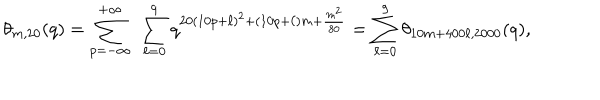
\theta _ { m , 2 0 } ( q ) = \sum _ { p = - \infty } ^ { + \infty } ~ \sum _ { \ell = 0 } ^ { 9 } q ^ { 2 0 ( 1 0 p + \ell ) ^ { 2 } + ( 1 0 p + \ell ) m + \frac { m ^ { 2 } } { 8 0 } } = \sum _ { \ell = 0 } ^ { 9 } \theta _ { 1 0 m + 4 0 0 \ell , 2 0 0 0 } ( q ) ,